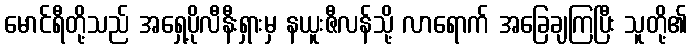
မောင်ရီတို့သည် အရှေ့ပိုလီနီးရှားမှ နယူးဇီလန်သို့ လာရောက် အခြေချကြပြီး သူတို့၏